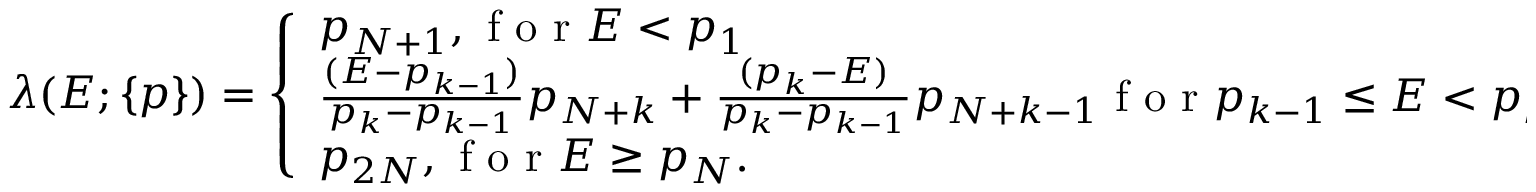
\begin{array} { r } { \lambda ( E ; \{ p \} ) = \left\{ \begin{array} { l l } { p _ { N + 1 } , \mathrm { ~ f ~ o ~ r ~ } E < p _ { 1 } } \\ { \frac { ( E - p _ { k - 1 } ) } { p _ { k } - p _ { k - 1 } } p _ { N + k } + \frac { ( p _ { k } - E ) } { p _ { k } - p _ { k - 1 } } p _ { N + k - 1 } \mathrm { ~ f ~ o ~ r ~ } p _ { k - 1 } \le E < p _ { k } , \ k = 2 , \ldots , N } \\ { p _ { 2 N } , \mathrm { ~ f ~ o ~ r ~ } E \ge p _ { N } . } \end{array} \right. } \end{array}